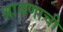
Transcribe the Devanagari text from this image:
श्रावणाची